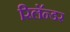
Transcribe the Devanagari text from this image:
रिलॅन्डर